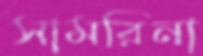
সামরিনা